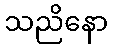
သညိနော